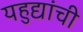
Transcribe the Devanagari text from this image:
यहुद्यांची